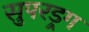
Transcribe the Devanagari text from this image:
सुपरड्रग